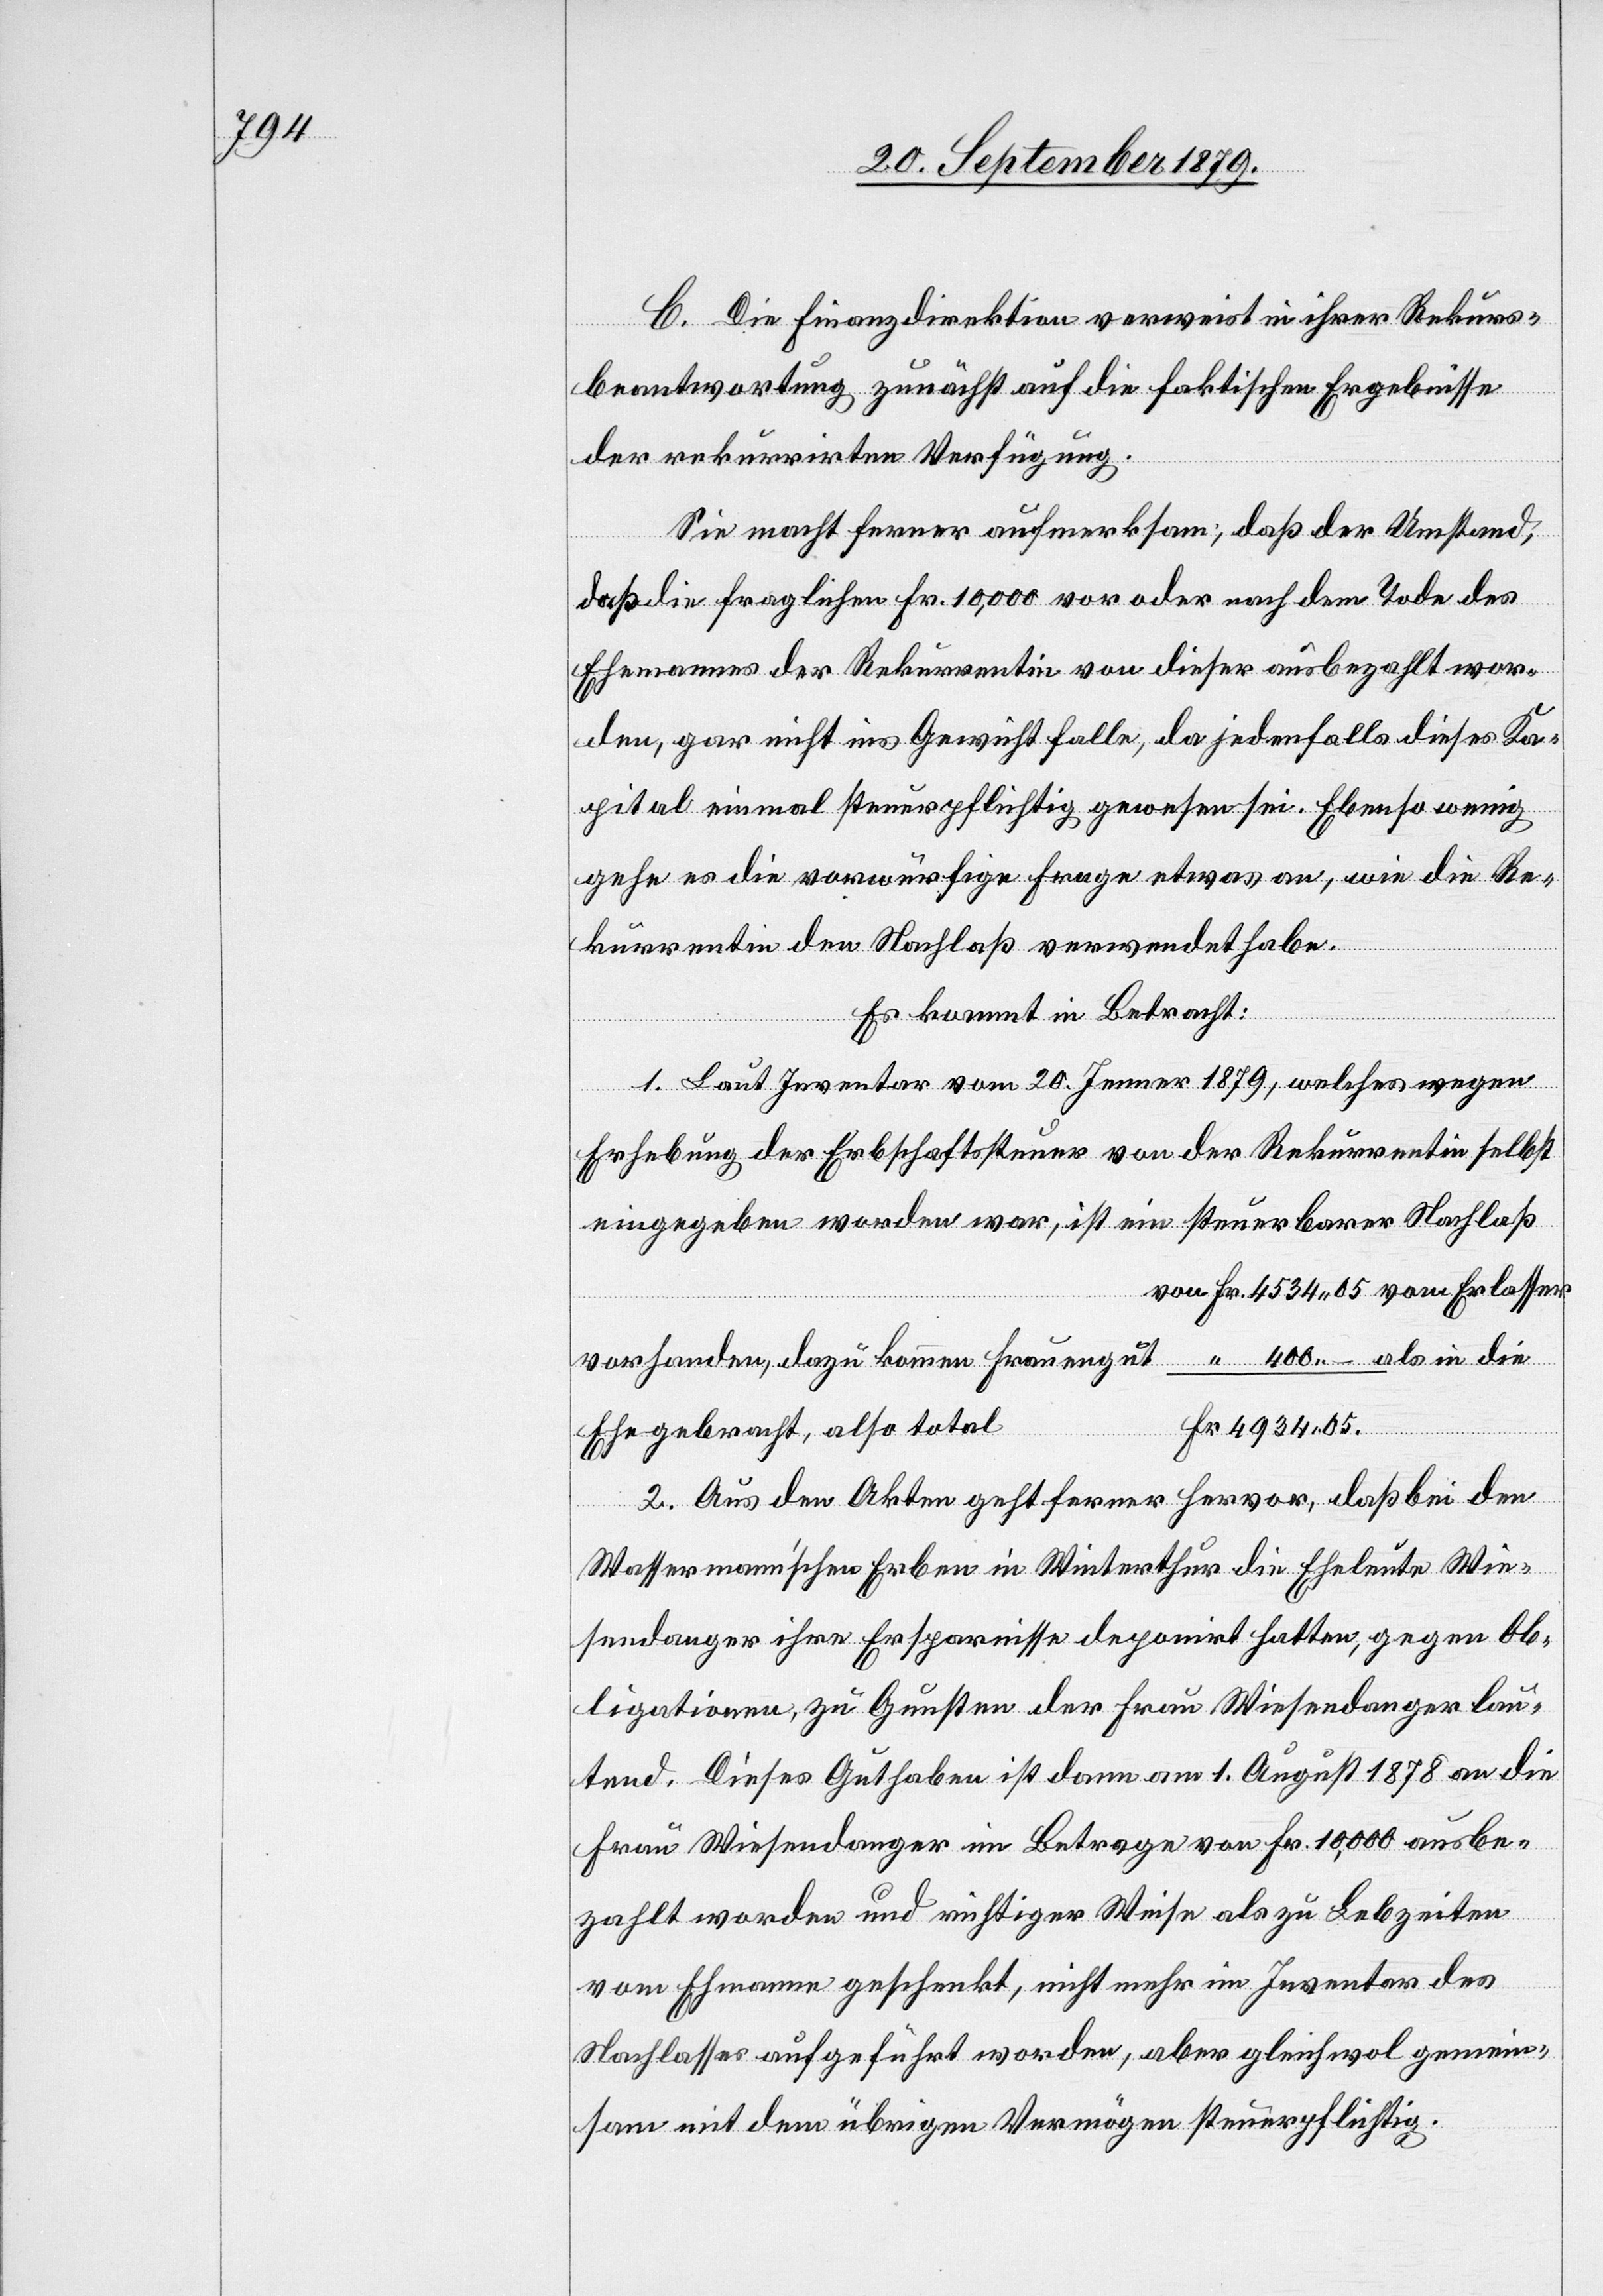
C. Die Finanzdirektion verweist in ihrer Rekurs¬
beantwortung zunächst auf die faktischen Ergebnisse
der rekurrirten Verfügung.
Sie macht ferner aufmerksam, daß der Umstand,
daß die fraglichen Fr. 10,000 vor oder nach dem Tode des
Ehemannes der Rekurrentin von dieser ausbezahlt wor¬
den, gar nicht ins Gewicht falle, da jedenfalls dieses Ka¬
pital einmal steuerpflichtig gewesen sei. Ebenso wenig
gehe es vorwürfige Frage etwas an, wie die Re¬
kurrentin den Nachlaß verwendet habe.
Es kommt in Betracht:
1. Laut Inventar vom 20. Jenner 1879, welches wegen
Erhebung der Erbschaftssteuer von der Rekurrentin selbst
eingegeben worden war, ist ein steuerbarer Nachlaß
von Fr. 4534 05 vom Erlasser
vorhanden, dazu kommen Frauengut “ 400 – als in die
Fr. 4934 05.
Ehe gebracht, also total
2. Aus den Akten geht ferner hervor, daß bei den
Wassermann’schen Erben in Winterthur die Eheleute Wie¬
sendanger ihre Ersparnisse deponirt hatten, gegen Ob¬
ligationen, zu Gunsten der Frau Wiesendanger lau¬
tend. Dieses Guthaben ist dann am 1. August 1878 an die
Frau Wiesendanger im Betrage von Fr. 10,000 ausbe¬
zahlt worden und richtiger Weise als zu Lebzeiten
vom Ehemanne geschenkt, nicht mehr im Inventar des
Nachlasses aufgeführt worden, aber gleichwol gemein¬
sam mit dem übrigen Vermögen steuerpflichtig.